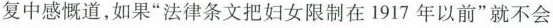
复中感慨道，如果”法律条文把妇女限制在1917年以前”就不会